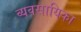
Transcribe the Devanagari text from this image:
व्यवसायिका